Annual report of lunatic asylums [Bombay] - 1912-1922
Year: 1912
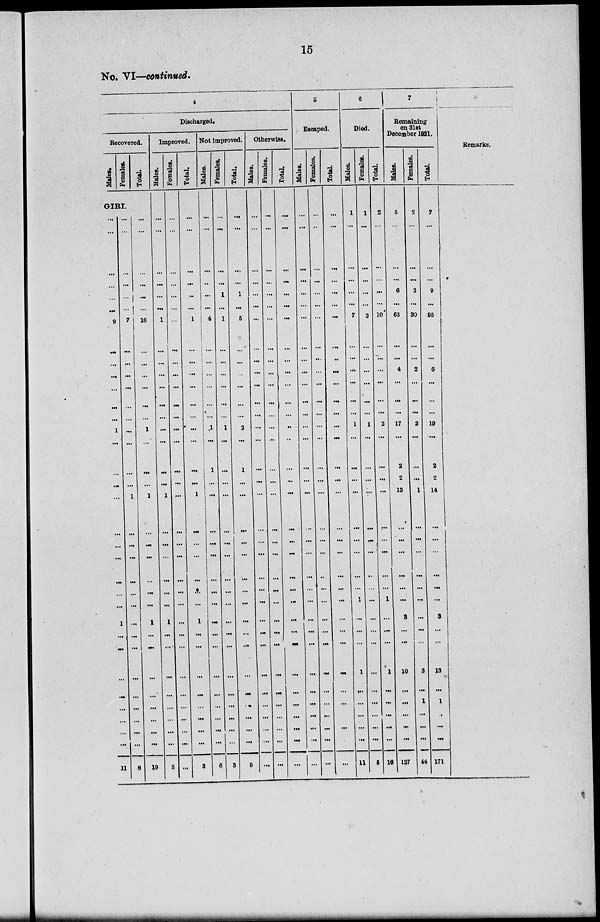
15
No. VI—continued.
4
Discharged.
Recovered.
Males.
Females.
Total.
GIRI.
...
...
...
...
...
...
9
...
...
...
...
...
...
1
...
...
...
...
...
...
...
...
...
...
1
...
...
...
...
...
...
...
...
11
...
...
...
...
...
...
7
...
...
...
...
...
...
...
...
...
...
1
...
...
...
...
...
...
...
...
...
...
...
...
...
...
...
8
...
...
...
...
...
...
16
...
...
...
...
...
...
1
...
...
...
1
...
...
...
...
...
...
1
...
...
...
...
...
...
...
...
19
Improved.
Males.
...
...
...
...
...
...
1
...
...
...
...
...
...
...
...
...
...
1
...
...
...
...
...
...
1
...
...
...
...
...
...
...
...
3
Females.
...
...
...
...
...
...
...
...
...
...
...
...
...
...
...
...
...
...
...
...
...
...
...
...
...
...
...
...
...
...
...
...
...
...
Total.
...
...
...
...
...
...
1
...
...
...
...
...
...
...
...
...
...
1
...
...
...
...
...
...
1
...
...
...
...
...
...
...
...
3
Not improved.
Mal es .
...
...
...
...
...
...
4
...
...
...
...
...
...
1
...
1
...
...
...
...
...
...
...
...
...
...
...
...
...
...
...
...
...
6
Femal es .
...
...
...
...
1
...
1
...
...
...
...
...
...
1
...
...
...
...
...
...
...
...
...
...
...
...
...
...
...
...
...
...
...
3
Total.
...
...
...
...
1
...
5
...
...
...
...
...
...
2
...
1
...
...
...
...
...
...
...
...
...
...
...
...
...
...
...
...
...
9
Otherwise.
Males.
...
...
...
...
...
...
...
...
...
...
...
...
...
...
...
...
...
...
...
...
...
...
...
...
...
...
...
...
...
...
...
...
...
...
Females.
...
...
...
...
...
...
...
...
...
...
...
...
...
...
...
...
...
...
...
...
...
...
...
...
...
...
...
...
...
...
...
...
...
...
Total.
...
...
...
...
...
...
...
...
...
...
...
...
...
...
...
...
...
...
...
...
...
...
...
...
...
...
...
...
...
...
...
...
...
...
5
Escaped.
Males.
...
...
...
...
...
...
...
...
...
...
...
...
...
...
...
...
...
...
...
...
...
...
...
...
...
...
...
...
...
...
...
...
...
...
Females.
...
...
...
...
...
...
...
...
...
...
...
...
...
...
...
...
...
...
...
...
...
...
...
...
...
...
...
...
...
...
...
...
...
...
Total.
...
...
...
...
...
...
...
...
..
...
...
...
...
...
...
...
...
...
...
...
...
...
...
...
...
...
...
...
...
...
...
...
...
...
6
Died.
Males.
1
...
...
...
...
...
7
...
...
...
...
...
...
1
...
...
...
...
...
...
...
...
...
1
...
...
...
1
...
...
...
...
...
11
Females.
1
...
...
...
...
...
3
...
...
...
...
...
...
1
...
...
...
...
...
...
...
...
...
...
...
...
...
...
...
...
...
...
...
5
Total.
2
...
...
...
...
...
10
...
...
...
...
...
...
2
...
...
...
...
...
...
...
...
...
1
...
...
...
1
...
...
...
...
...
16
7
Remaining
on 31st
December 1921.
Males.
5
...
...
...
6
...
65
...
...
4
...
...
...
17
...
2
2
13
...
...
...
...
...
...
3
...
...
10
...
...
...
...
...
127
Females.
2
...
...
...
3
...
30
...
...
2
...
...
...
2
...
...
...
1
...
...
...
...
...
...
...
...
...
3
...
1
...
...
...
44
Total.
7
...
...
...
9
...
95
...
...
6
...
...
...
19
...
2
2
14
...
...
...
...
...
...
3
...
...
13
...
1
...
...
171
Remarks.